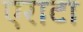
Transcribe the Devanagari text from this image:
एराटा